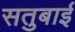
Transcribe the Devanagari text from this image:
सतुबाई